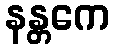
နန္တကေ